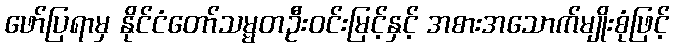
ဖော်ပြရာမှ နိုင်ငံတော်သမ္မတဦးဝင်းမြင့်နှင့် အစားအသောက်မျိုးစုံဖြင့်